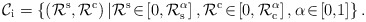
\begin{align*}\mathcal{C}_{\rm{i}}=\left\{\left({\mathcal{R}}^{\rm{s}},{\mathcal{R}}^{\rm{c}}\right)|{\mathcal{R}}^{\rm{s}}\!\in\!\left[0,\mathcal{R}_{\rm{s}}^{\alpha}\right],{\mathcal{R}}^{\rm{c}}\!\in\!\left[0,\mathcal{R}_{\rm{c}}^{\alpha}\right],\alpha\!\in\!\left[0,\!1\right]\right\}.\end{align*}